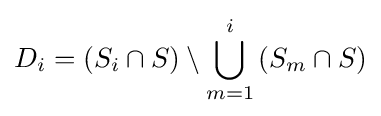
D_{i}=\left(S_{i}\cap S\right)\setminus \bigcup _{m=1}^{i}\left(S_{m}\cap S\right)